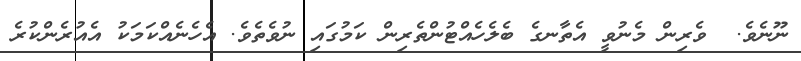
ނޫނެވެ.  ވެރިން މެނުވީ އެތާނގެ ބެލެހެއްޓުންތެރިން ކަމުގައި ނުވެތެވެ. އެހެނެއްކަމަކު އެއުރެންކުރެ